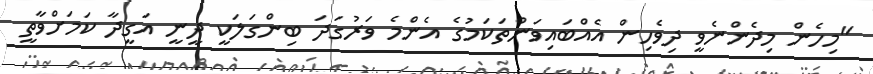
"މިހެން މިދެންނެވީ ދިވެހިން އެއްބައިވަންތަކަމުގެ އެންމެ ވަރުގަދަ ބިންގަލަކީ ދީނީ އަގީދާ ކަމަށްވާތީ